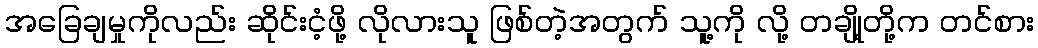
အခြေချမှုကိုလည်း ဆိုင်းငံ့ဖို့ လိုလားသူ ဖြစ်တဲ့အတွက် သူ့ကို လို့ တချို့တို့က တင်စား